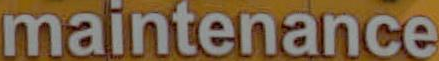
maintenance